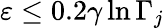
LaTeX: \varepsilon\leq 0.2\gamma\ln\Gamma_{j}